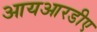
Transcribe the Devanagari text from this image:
आयआरडीए